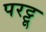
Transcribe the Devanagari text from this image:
परट्टू